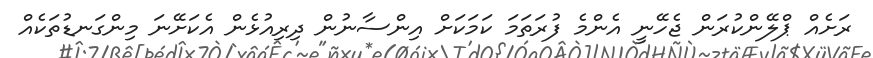
ރަށެއް ޕްލޭންކުރަން ޖެހޭނީ އެންމެ ފުރަތަމަ ކަމަކަށް އިންސާނުން ދިރިއުޅެން އެކަށޭނަ މިންގަނޑުތަކެއް